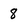
Character: 8